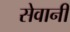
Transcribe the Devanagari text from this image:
सेवानी